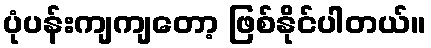
ပုံပန်းကျကျတော့ ဖြစ်နိုင်ပါတယ်။